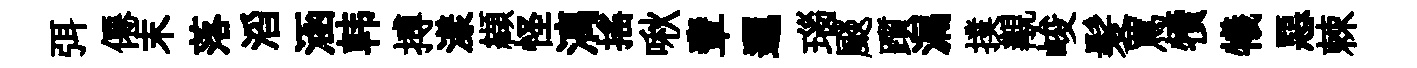
弭僊末落滔涵韩搏漾纈怪漓揺啾輩邐瑙颷躓漏撲覯峻髪罵犢犧惡棘